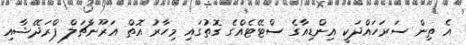
އެ ތިން ސަރަހައްދަކީ އިންޑިއާގެ ސްޓޭޓެއްގެ ގޮތުގައި މިހާރު އޮތް އަރޫނާޗަލް ޕްރަދޭޝާއި